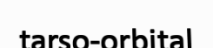
tarso-orbital